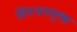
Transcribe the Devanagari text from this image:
विपथनमुक्त